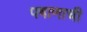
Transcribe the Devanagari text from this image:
पषाणाची